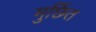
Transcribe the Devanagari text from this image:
मुर्छित